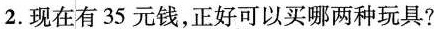
2.现在有35元钱，正好可以买哪两种玩具?